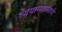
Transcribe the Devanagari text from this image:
व्ययामशालाये